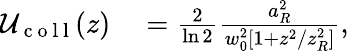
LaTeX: \begin{array}{rl}{\mathcal{U}_{\mathrm{~c~o~l~l~}}(z)}&{{}=\frac{2}{\ln 2}\frac{a_{R}^{2}}{w_{0}^{2}[1+z^{2}/z_{R}^{2}]},}\end{array}